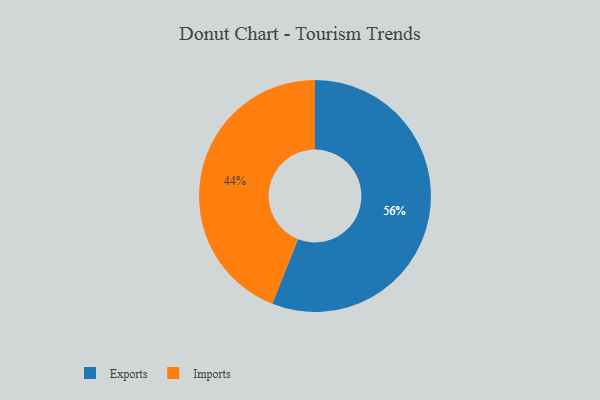
{"axis": {"x": "Category", "y": "Percentage"}, "legend": ["Exports", "Imports"], "data": [{"x": "Exports", "y": 56, "type": "Exports"}, {"x": "Imports", "y": 44, "type": "Imports"}]}